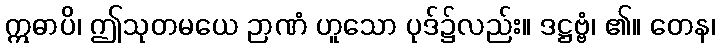
ဣဓာပိ၊ ဤသုတမယေ ဉာဏံ ဟူသော ပုဒ်၌လည်း။ ဒဋ္ဌဗ္ဗံ၊ ၏။ တေန၊